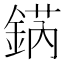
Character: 𨧨